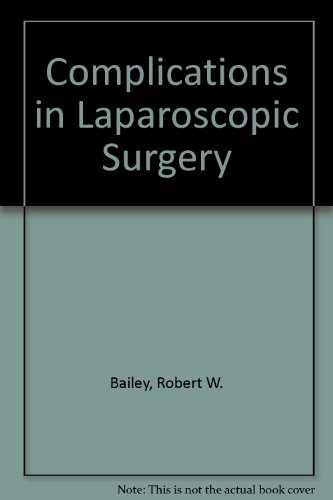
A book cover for Complications of Laparoscopic Surgery; Robert W. Bailey; Medical Books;